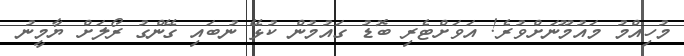
މުހިއްމު މައުމޫނަށްވުރެ! އަވަށްޓެރި ބޮޑު ގައުމުން ކުޅޭ ނުބައި ގޭންގު ރޯލަށް ޔާމީނު